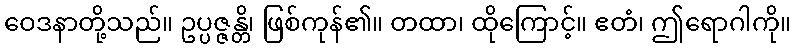
ဝေဒနာတို့သည်။ ဥပ္ပဇ္ဇန္တိ၊ ဖြစ်ကုန်၏။ တထာ၊ ထိုကြောင့်။ ဧတံ၊ ဤရောဂါကို။